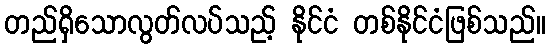
တည်ရှိသောလွတ်လပ်သည့် နိုင်ငံ တစ်နိုင်ငံဖြစ်သည်။